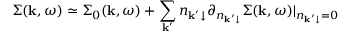
\Sigma ( \mathbf k , \omega ) \simeq \Sigma _ { 0 } ( \mathbf k , \omega ) + \sum _ { \mathbf k ^ { \prime } } n _ { \mathbf k ^ { \prime } \downarrow } \partial _ { n _ { \mathbf k ^ { \prime } \downarrow } } \Sigma ( \mathbf k , \omega ) \vert _ { n _ { \mathbf k ^ { \prime } \downarrow } = 0 }